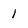
Character: 1